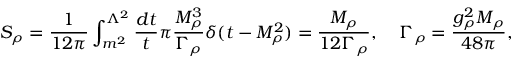
S _ { \rho } = { \frac { 1 } { 1 2 \pi } } \int _ { m ^ { 2 } } ^ { \Lambda ^ { 2 } } { \frac { d t } { t } } \pi { \frac { M _ { \rho } ^ { 3 } } { \Gamma _ { \rho } } } \delta ( t - M _ { \rho } ^ { 2 } ) = { \frac { M _ { \rho } } { 1 2 \Gamma _ { \rho } } } , \; \; \; \; \Gamma _ { \rho } = { \frac { g _ { \rho } ^ { 2 } M _ { \rho } } { 4 8 \pi } } ,